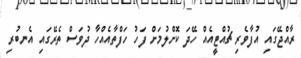
ރާއްޖޭގައި އުފާވެރި ޗުއްޓީއެއް ހޭދަ ކޮށްލުމަށް ފަހު ހަފްތާއެއްހާ ދުވަސް ތެރޭގައި އެނބުރި